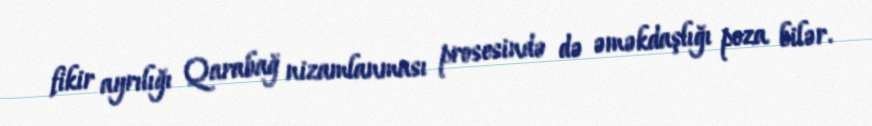
fikir ayrılığı Qarabağ nizamlanması prosesində də əməkdaşlığı poza bilər.